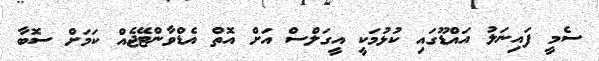
ސެމީ ފައިނަލު އައްޑޫގައި ކުޅުމަކީ އީގަލްސް އަށް އޮތް އެޑްވާންޓޭޖެއް ކަމަށް ސޮބާ